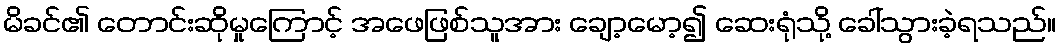
မိခင်၏ တောင်းဆိုမှုကြောင့် အဖေဖြစ်သူအား ချော့မော့၍ ဆေးရုံသို့ ခေါ်သွားခဲ့ရသည်။